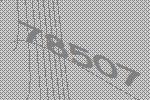
78507